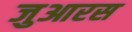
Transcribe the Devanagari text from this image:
जुआरस